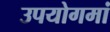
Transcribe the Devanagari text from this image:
उपयोगमां